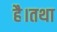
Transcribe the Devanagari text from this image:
है।तथा